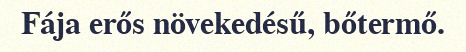
Fája erős növekedésű, bőtermő.